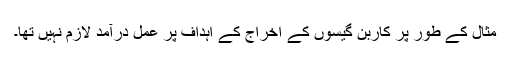
مثال کے طور پر کاربن گیسوں کے اخراج کے اہداف پر عمل درآمد لازم نہیں تھا۔